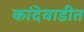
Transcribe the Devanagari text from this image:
कांदेवाडीत